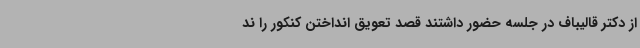
از دکتر قالیباف در جلسه حضور داشتند قصد تعویق انداختن کنکور را ند